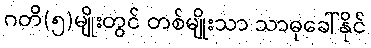
ဂတိ(၅)မျိုးတွင် တစ်မျိုးသာ သာဓုခေါ်နိုင်